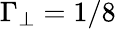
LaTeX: \Gamma_{\perp}=1/8